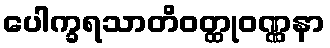
ပေါက္ခရသာတိဝတ္ထုဝဏ္ဏနာ